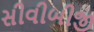
સીવીબીજી